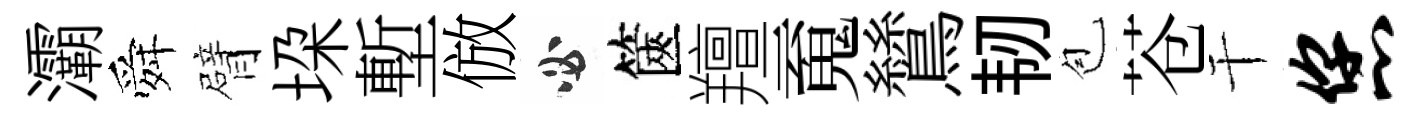
灞舜臂垜塹倣必篋羶䰟鷥韧苞苍干您